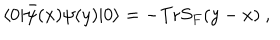
\langle 0 | \bar { \psi } ( x ) \psi ( y ) | 0 \rangle = - \mathrm { T r } S _ { F } ( y - x ) \ ,